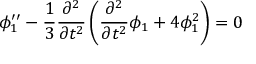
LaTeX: \phi _ { 1 } ^ { \prime \prime } - \frac { 1 } { 3 } \frac { \partial ^ { 2 } } { \partial t ^ { 2 } } \left( \frac { \partial ^ { 2 } } { \partial t ^ { 2 } } { \phi } _ { 1 } + 4 \phi _ { 1 } ^ { 2 } \right) = 0